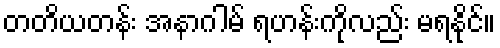
တတိယတန်း အနာဂါမ် ရဟန်းကိုလည်း မရနိုင်။